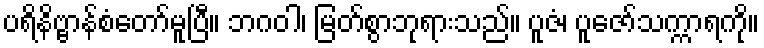
ပရိနိဗ္ဗာန်စံတော်မူပြီ။ ဘဂဝါ၊ မြတ်စွာဘုရားသည်။ ပူဇံ၊ ပူဇော်သက္ကာရကို။